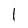
Character: l